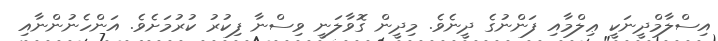
އިސްލާމްދީނަކީ ޢިލްމާއި ފަންނުގެ ދީނެވެ. މިދީން ގޮވާލަނީ ވިސްނާ ފިކުރު ކުރުމަށެވެ. އަންހެނުންނާއި